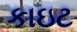
કાઇટ